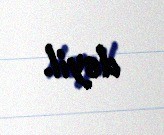
deyil.